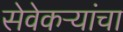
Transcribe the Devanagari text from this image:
सेवेकऱ्यांचा